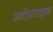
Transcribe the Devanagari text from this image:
आदेशवाहक